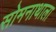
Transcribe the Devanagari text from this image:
सोमनाथाला